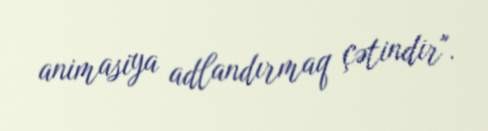
animasiya adlandırmaq çətindir".